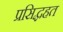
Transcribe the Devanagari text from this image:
प्रसिद्धहत